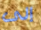
إلى